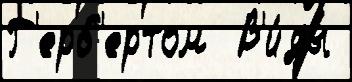
Г'ерб'ертом  В'и́ды